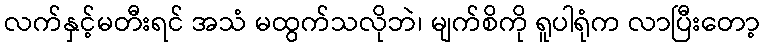
လက်နှင့်မတီးရင် အသံ မထွက်သလိုဘဲ၊ မျက်စိကို ရူပါရုံက လာပြီးတော့